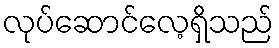
လုပ်ဆောင်လေ့ရှိသည်